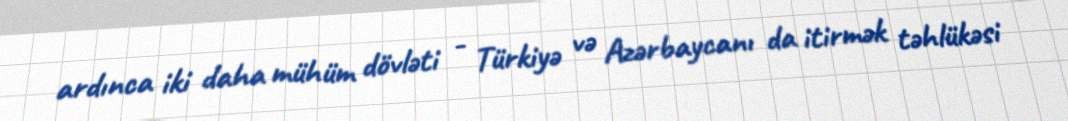
ardınca iki daha mühüm dövləti - Türkiyə və Azərbaycanı da itirmək təhlükəsi